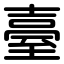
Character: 臺